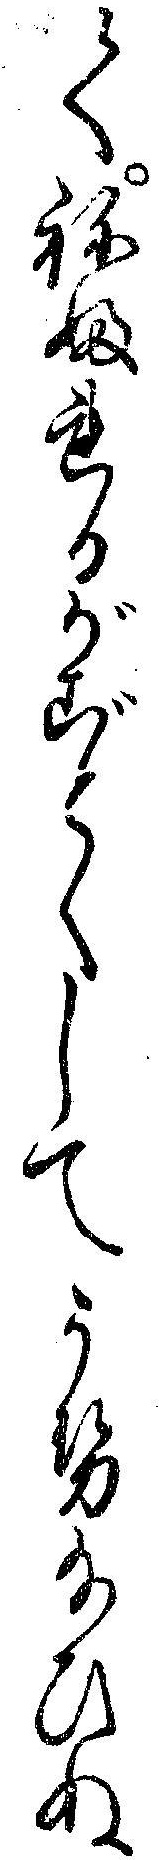
てねふれるがごとくしてうせ給ひぬ